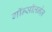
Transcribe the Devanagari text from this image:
गॉन्सॉलनेज़